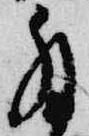
拝